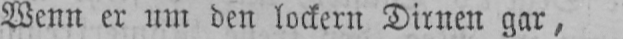
Wenn er um den lockern Dirnen gar,